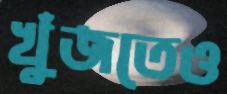
খুঁজতেও